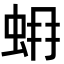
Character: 𧊨